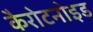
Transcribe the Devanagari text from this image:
कैरोटनोइड